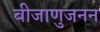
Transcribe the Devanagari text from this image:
बीजाणुजनन